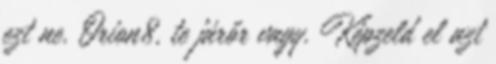
ezt ne. Orion8, te járőr vagy. Képzeld el azt